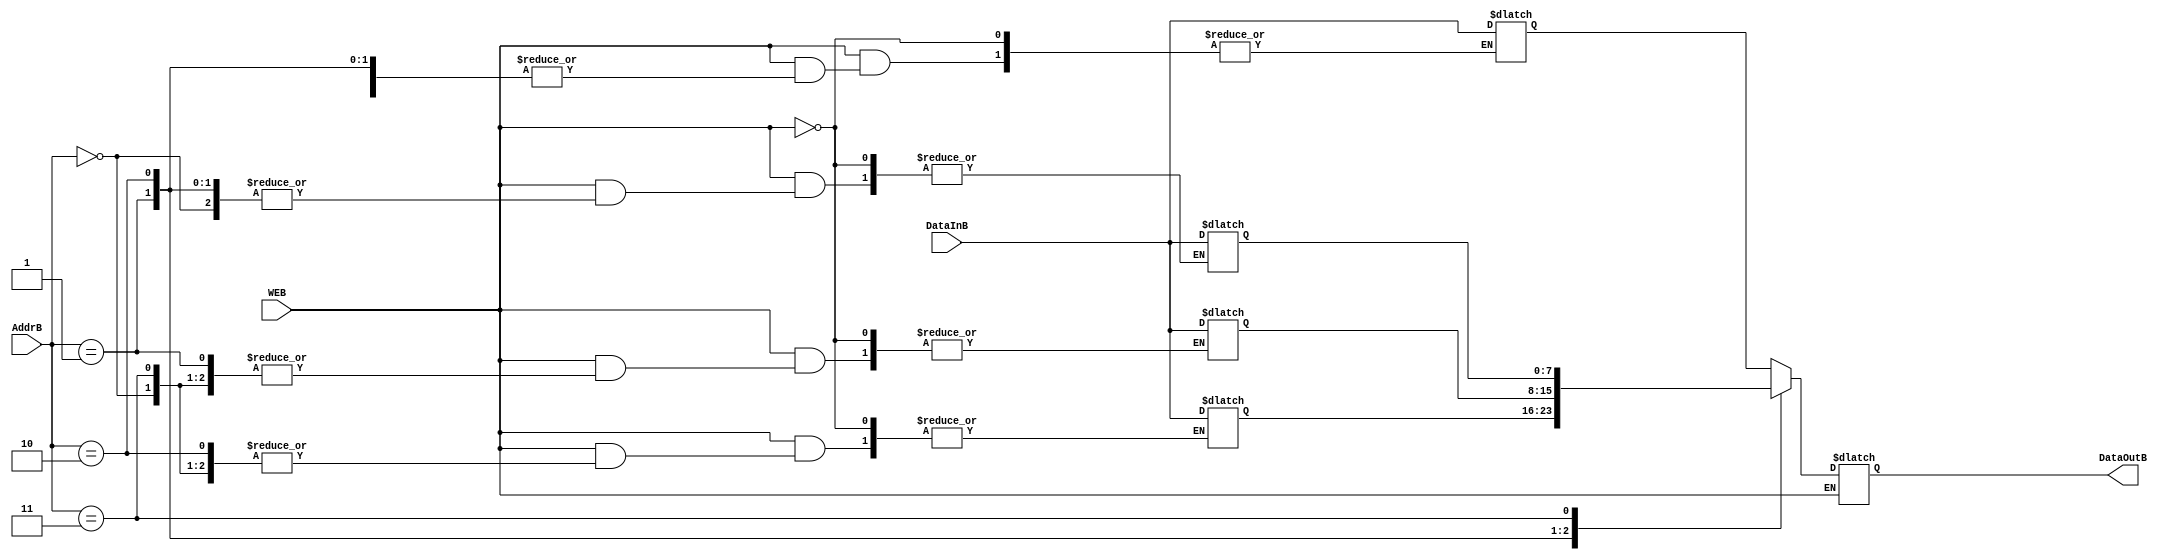
module MemoryB (

output reg [7:0] DataOutB,
input      [1:0] AddrB   ,
input      [7:0] DataInB ,
input      WEB
);
	reg [7:0] RAM_B [0:3];
	
	always @(*)
	begin
		if (WEB)
			RAM_B[AddrB] = DataInB;
		else
			DataOutB = RAM_B[AddrB];
	end
endmodule